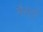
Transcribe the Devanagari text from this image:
मैस्टो